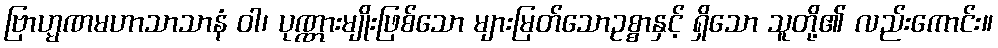
ဗြာဟ္မဏမဟာသာသာနံ ဝါ၊ ပုဏ္ဏားမျိုးဖြစ်သော များမြတ်သောဥစ္စာနှင့် ရှိသော သူတို့၏ လည်းကောင်း။